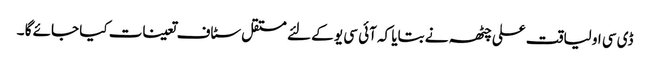
ڈی سی او لیاقت علی چٹھہ نے بتایا کہ آئی سی یو کے لئے مستقل سٹاف تعینات کیا جائے گا ۔